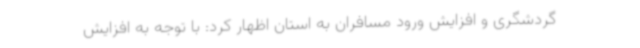
گردشگری و افزایش ورود مسافران به استان اظهار کرد: با توجه به افزایش